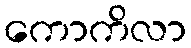
ကောကိလာ